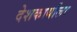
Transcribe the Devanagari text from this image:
देशकार्याला